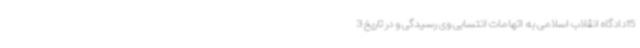
15دادگاه انقلاب اسلامی به اتهامات انتسابی وی رسیدگی و در تاریخ 3